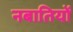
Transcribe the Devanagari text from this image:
नबातियों